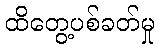
ထိတွေ့ပစ်ခတ်မှု